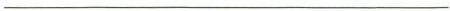
___